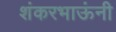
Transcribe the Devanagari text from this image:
शंकरभाऊंनी